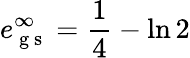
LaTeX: e_{\mathrm{~g~s~}}^{\infty}=\frac{1}{4}-\ln{2}